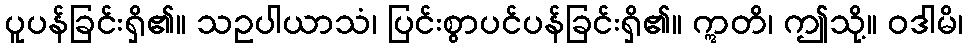
ပူပန်ခြင်းရှိ၏။ သဥပါယာသံ၊ ပြင်းစွာပင်ပန်ခြင်းရှိ၏။ ဣတိ၊ ဤသို့။ ဝဒါမိ၊